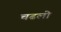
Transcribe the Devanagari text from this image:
चढलो